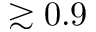
\gtrsim 0 . 9